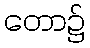
တော၌